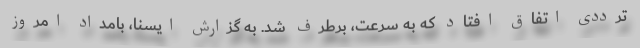
ترددی اتفاق افتاد که به سرعت، برطرف شد. به گزارش ایسنا، بامداد امروز